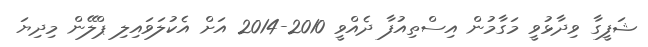
ޝަފީގާ ވިދާޅުވީ މަގާމުން އިސްތިއުފާ ދެއްވީ 2010-2014 އަށް އެކުލަވައިލި ޕްލޭން މިދިޔަ